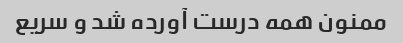
ممنون همه درست آورده شد و سریع